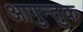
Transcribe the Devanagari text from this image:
आगुन्तुक